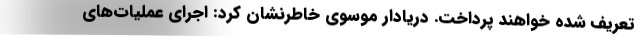
تعریف شده خواهند پرداخت. دریادار موسوی خاطرنشان کرد: اجرای عملیات‌های